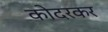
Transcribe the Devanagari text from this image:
कोदरकर